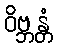
ဝိဗ္ဘန္တံ